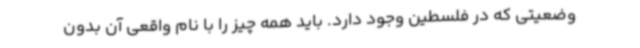
وضعیتی که در فلسطین وجود دارد. باید همه چیز را با نام واقعی آن بدون